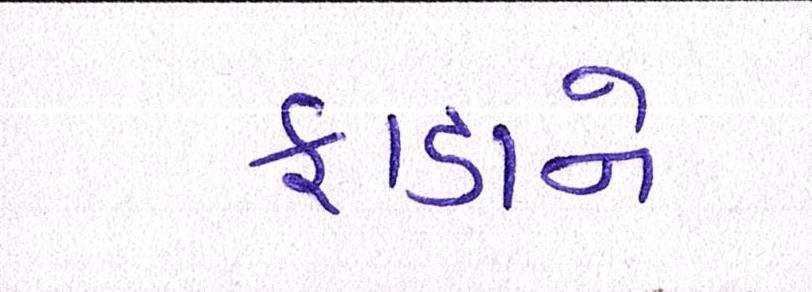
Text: ફાડાને